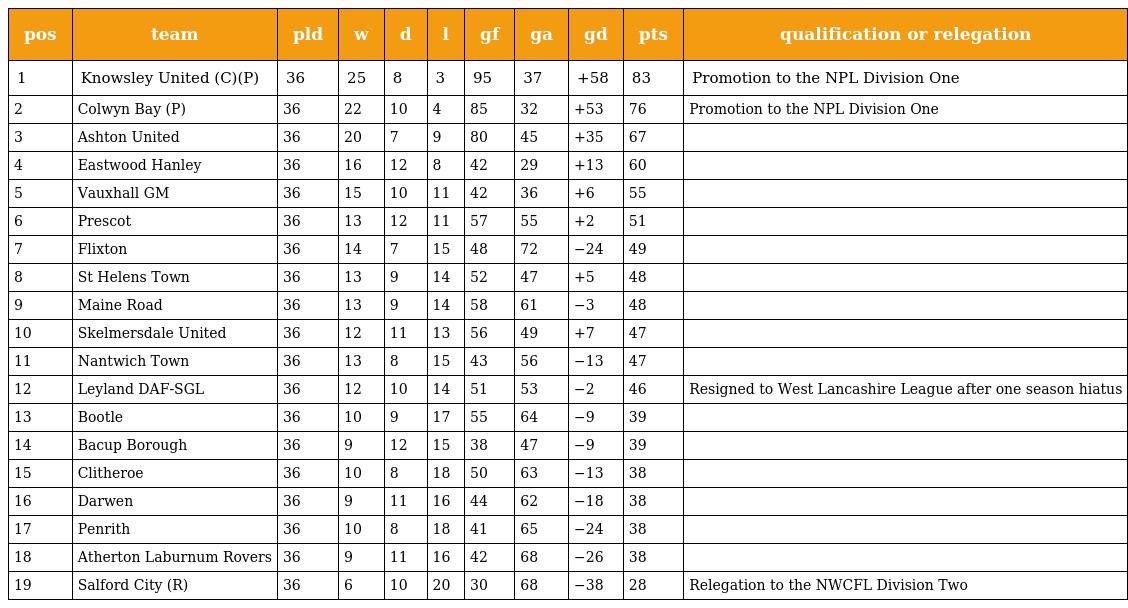
| pos | team | pld | w | d | l | gf | ga | gd | pts | qualification or relegation |
 | --- | --- | --- | --- | --- | --- | --- | --- | --- | --- | --- |
 | 1 | Knowsley United (C)(P) | 36 | 25 | 8 | 3 | 95 | 37 | +58 | 83 | Promotion to the NPL Division One |
 | 2 | Colwyn Bay (P) | 36 | 22 | 10 | 4 | 85 | 32 | +53 | 76 | Promotion to the NPL Division One |
 | 3 | Ashton United | 36 | 20 | 7 | 9 | 80 | 45 | +35 | 67 |  |
 | 4 | Eastwood Hanley | 36 | 16 | 12 | 8 | 42 | 29 | +13 | 60 |  |
 | 5 | Vauxhall GM | 36 | 15 | 10 | 11 | 42 | 36 | +6 | 55 |  |
 | 6 | Prescot | 36 | 13 | 12 | 11 | 57 | 55 | +2 | 51 |  |
 | 7 | Flixton | 36 | 14 | 7 | 15 | 48 | 72 | −24 | 49 |  |
 | 8 | St Helens Town | 36 | 13 | 9 | 14 | 52 | 47 | +5 | 48 |  |
 | 9 | Maine Road | 36 | 13 | 9 | 14 | 58 | 61 | −3 | 48 |  |
 | 10 | Skelmersdale United | 36 | 12 | 11 | 13 | 56 | 49 | +7 | 47 |  |
 | 11 | Nantwich Town | 36 | 13 | 8 | 15 | 43 | 56 | −13 | 47 |  |
 | 12 | Leyland DAF-SGL | 36 | 12 | 10 | 14 | 51 | 53 | −2 | 46 | Resigned to West Lancashire League after one season hiatus |
 | 13 | Bootle | 36 | 10 | 9 | 17 | 55 | 64 | −9 | 39 |  |
 | 14 | Bacup Borough | 36 | 9 | 12 | 15 | 38 | 47 | −9 | 39 |  |
 | 15 | Clitheroe | 36 | 10 | 8 | 18 | 50 | 63 | −13 | 38 |  |
 | 16 | Darwen | 36 | 9 | 11 | 16 | 44 | 62 | −18 | 38 |  |
 | 17 | Penrith | 36 | 10 | 8 | 18 | 41 | 65 | −24 | 38 |  |
 | 18 | Atherton Laburnum Rovers | 36 | 9 | 11 | 16 | 42 | 68 | −26 | 38 |  |
 | 19 | Salford City (R) | 36 | 6 | 10 | 20 | 30 | 68 | −38 | 28 | Relegation to the NWCFL Division Two |